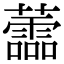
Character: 蘦